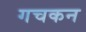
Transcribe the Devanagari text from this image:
गचकन